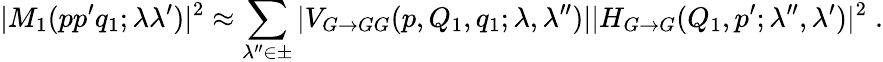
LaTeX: |M_{1}(pp^{\prime}q_{1};\lambda\lambda^{\prime})|^{2}\approx\sum_{\lambda^{\prime\prime}\in\pm}|V_{G\to GG}(p,Q_{1},q_{1};\lambda,\lambda^{\prime\prime})||H_{G\to G}(Q_{1},p^{\prime};\lambda^{\prime\prime},\lambda^{\prime})|^{2}\; .